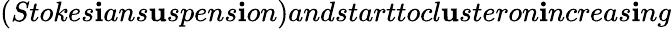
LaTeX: (Stokes\mathbf{i}ans\mathbf{u}spens\mathbf{i}on)andstarttocl\mathbf{u}steron\mathbf{i}ncreas\mathbf{i}ng